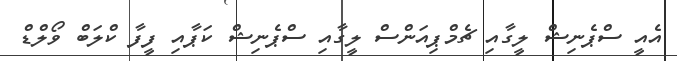
އެއީ ސްޕެނިޝް ލީގާއި ޗެމްޕިއަންސް ލީގާއި ސްޕެނިޝް ކަޕާއި ފީފާ ކްލަބް ވޯލްޑް